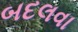
બદલવા